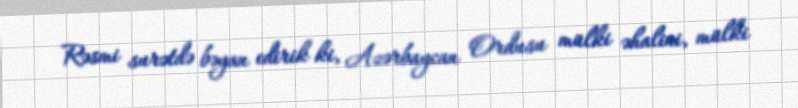
Rəsmi surətdə bəyan edirik ki, Azərbaycan Ordusu mülki əhalini, mülki